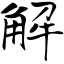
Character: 解